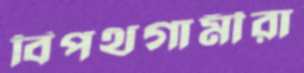
বিপথগামীরা